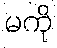
မကို